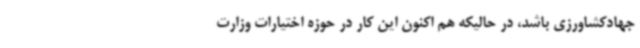
جهادکشاورزی باشد، در حالیکه هم اکنون این کار در حوزه اختیارات وزارت